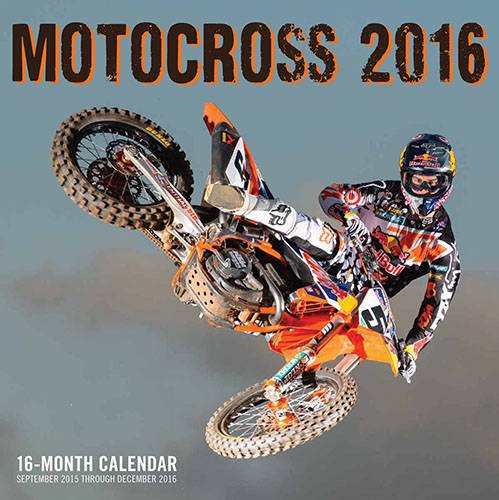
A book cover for Motocross 2016: 16-Month Calendar September 2015 through December 2016; Arts & Photography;